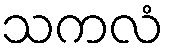
သကလံ